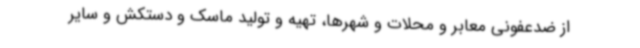
از ضدعفونی معابر و محلات و شهرها، تهیه و تولید ماسک و دستکش و سایر